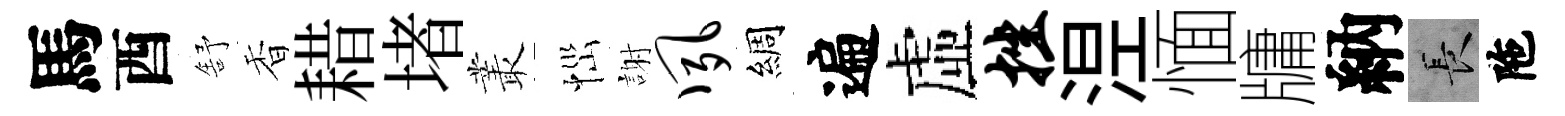
馬酉舒香耤堵叢𢙉謝夙綢遍虛挫𣵀愐牗納长陁